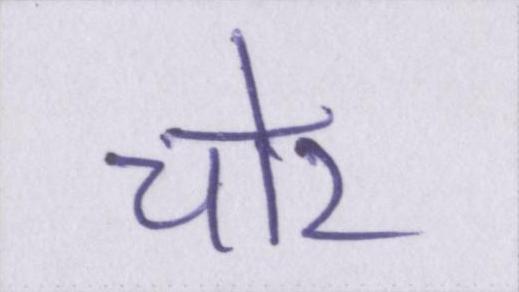
चोर